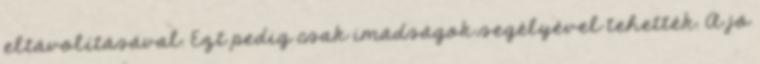
eltávolításával. Ezt pedig csak imádságok segélyével tehették. A jó